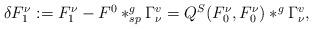
LaTeX: \begin{align*}\begin{array}{ll}\delta F^{\nu}_1:=F^{\nu}_1-F^0\ast^g_{sp}\Gamma^v_{\nu}=Q^S(F^{\nu}_{0},F^{\nu}_{0})\ast^g \Gamma^v_{\nu},\end{array}\end{align*}